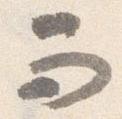
而